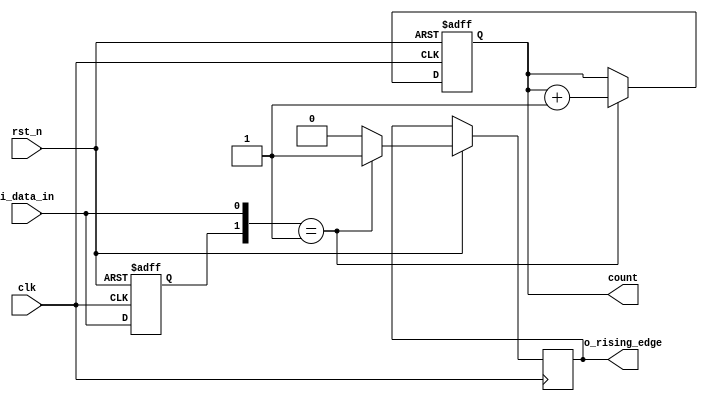
`timescale 1ns / 1ps
//////////////////////////////////////////////////////////////////////////////////
// Company: 
// Engineer: 
// 
// Design Name: 
// Module Name: posedge_detection
// Project Name: 
// Target Devices: 
// Tool Versions: 
// Description: 
// 
// Dependencies: 
// 
// Revision:
// Revision 0.01 - File Created
// Additional Comments:
// 
//////////////////////////////////////////////////////////////////////////////////


module posedge_detection(
    input clk,
    input rst_n,
    input i_data_in,
    output reg  o_rising_edge,
    output reg [3:0]count       
);

reg r_data_in0;

initial
begin 
    count = 1'b0;
end



always@(posedge clk or negedge rst_n) begin
  if(!rst_n) begin
  r_data_in0 <= 0;
  count <= 1'b0;
  end
  else begin
   r_data_in0 <= i_data_in;
   if({r_data_in0,i_data_in} == 2'b01) begin
   o_rising_edge <= 1;
   count <= count + 1'b1;
   end
   else 
   o_rising_edge <= 0;         
 end
end

 
endmodule